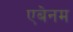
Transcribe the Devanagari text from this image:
एबेनम